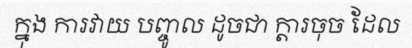
ក្នុង ការវាយ បញ្ចូល ដូចជា ក្តារចុច ដែល